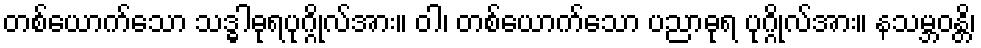
တစ်ယောက်သော သဒ္ဓါဓုရပုဂ္ဂိုလ်အား။ ဝါ၊ တစ်ယောက်သော ပညာဓုရ ပုဂ္ဂိုလ်အား။ နသမ္ဘဝန္တိ၊